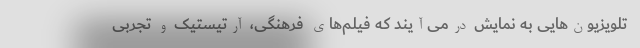
تلویزیون‌هایی به نمایش درمی‌آیند که فیلم‌های فرهنگی، آرتیستیک و تجربی